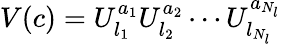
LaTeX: V(c)=U_{l_{1}}^{a_{1}}U_{l_{2}}^{a_{2}}\cdots U_{l_{N_{l}}}^{a_{N_{l}}}